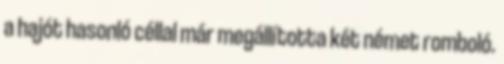
a hajót hasonló céllal már megállította két német romboló.